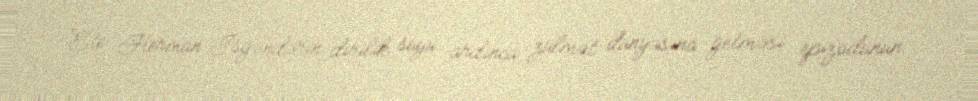
Ete Herman İsgəndərin dirilik suyu ardınca zülmət dünyasına getməsi epizodunun